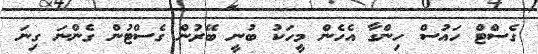
ގެސްޓް ހައުސް ހިންގާ އެހެން މީހަކު ބުނީ ބޭރުން ގެސްޓުން ގެންނަ ގިނަ